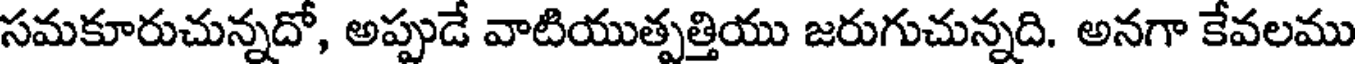
సమకూరుచున్నదో, అప్పుడే వాటియుత్పత్తియు జరుగుచున్నది. అనగా కేవలము